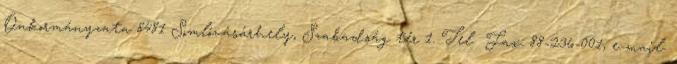
Önkormányzata 8481 Somlóvásárhely, Szabadság tér 1. Tel Fax: 88-236-001, e-mail: